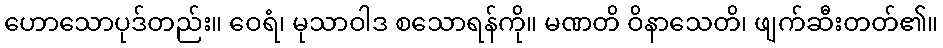
ဟောသောပုဒ်တည်း။ ဝေရံ၊ မုသာဝါဒ စသောရန်ကို။ မဏတိ ဝိနာသေတိ၊ ဖျက်ဆီးတတ်၏။